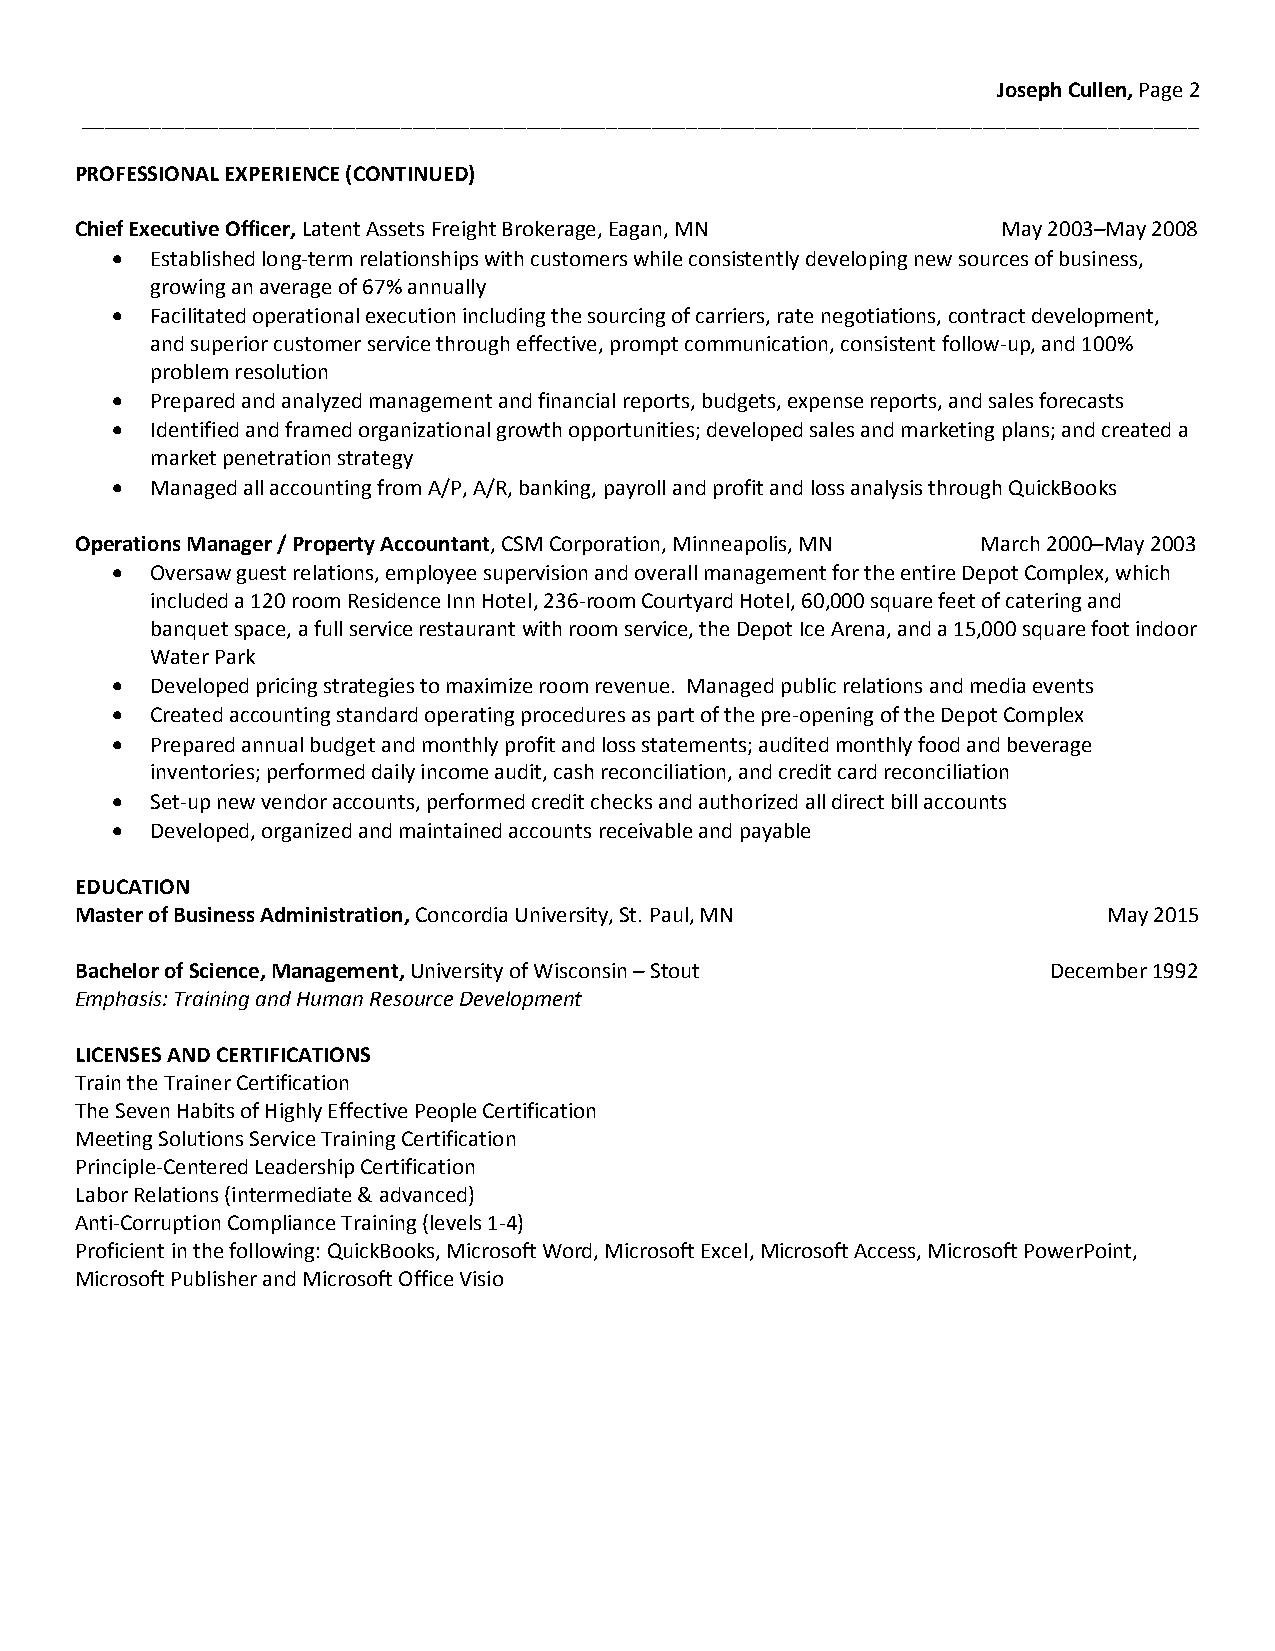
Joseph Cullen, Page 2
 __________________________________________________________________________________________________
 PROFESSIONAL EXPERIENCE (CONTINUED)
 Chief Executive Officer, Latent Assets Freight Brokerage, Eagan, MN May 2003–May 2008
   Established long-term relationships with customers while consistently developing new sources of business,
 growing an average of 67% annually
   Facilitated operational execution including the sourcing of carriers, rate negotiations, contract development,
 and superior customer service through effective, prompt communication, consistent follow-up, and 100%
 problem resolution
   Prepared and analyzed management and financial reports, budgets, expense reports, and sales forecasts
   Identified and framed organizational growth opportunities; developed sales and marketing plans; and created a
 market penetration strategy
   Managed all accounting from A/P, A/R, banking, payroll and profit and loss analysis through QuickBooks
 Operations Manager / Property Accountant, CSM Corporation, Minneapolis, MN March 2000–May 2003
   Oversaw guest relations, employee supervision and overall management for the entire Depot Complex, which
 included a 120 room Residence Inn Hotel, 236-room Courtyard Hotel, 60,000 square feet of catering and
 banquet space, a full service restaurant with room service, the Depot Ice Arena, and a 15,000 square foot indoor
 Water Park
   Developed pricing strategies to maximize room revenue. Managed public relations and media events
   Created accounting standard operating procedures as part of the pre-opening of the Depot Complex
   Prepared annual budget and monthly profit and loss statements; audited monthly food and beverage
 inventories; performed daily income audit, cash reconciliation, and credit card reconciliation
   Set-up new vendor accounts, performed credit checks and authorized all direct bill accounts
   Developed, organized and maintained accounts receivable and payable
 EDUCATION
 Master of Business Administration, Concordia University, St. Paul, MN May 2015
 Bachelor of Science, Management, University of Wisconsin – Stout December 1992
 Emphasis: Training and Human Resource Development
 LICENSES AND CERTIFICATIONS
 Train the Trainer Certification
 The Seven Habits of Highly Effective People Certification
 Meeting Solutions Service Training Certification
 Principle-Centered Leadership Certification
 Labor Relations (intermediate & advanced)
 Anti-Corruption Compliance Training (levels 1-4)
 Proficient in the following: QuickBooks, Microsoft Word, Microsoft Excel, Microsoft Access, Microsoft PowerPoint,
 Microsoft Publisher and Microsoft Office Visio